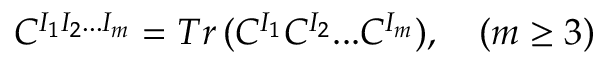
C ^ { I _ { 1 } I _ { 2 } . . . I _ { m } } = T r \, ( C ^ { I _ { 1 } } C ^ { I _ { 2 } } . . . C ^ { I _ { m } } ) , \quad ( m \geq 3 )